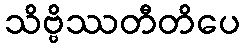
သိဗ္ဗိဿတီတိပေ